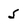
Character: 5